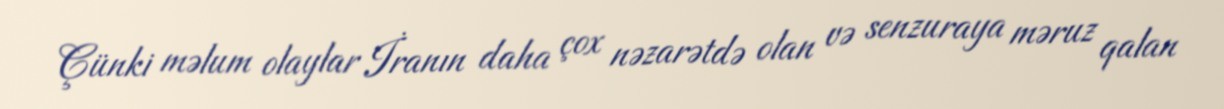
Çünki məlum olaylar İranın daha çox nəzarətdə olan və senzuraya məruz qalan